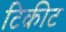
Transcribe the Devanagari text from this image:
टिकीट